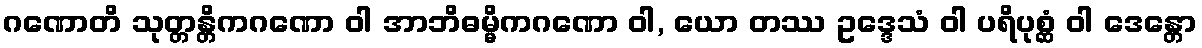
ဂဏောတိ သုတ္တန္တိကဂဏော ဝါ အာဘိဓမ္မိကဂဏော ဝါ, ယော တဿ ဥဒ္ဒေသံ ဝါ ပရိပုစ္ဆံ ဝါ ဒေန္တော